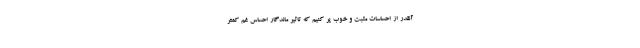
آنقدر از احساسات مثبت و خوب پر کنیم که تاثیر ماندگار احساس غم کمتر